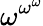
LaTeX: \omega^{\omega^{\omega}}